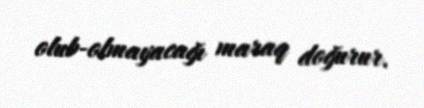
olub-olmayacağı maraq doğurur.